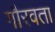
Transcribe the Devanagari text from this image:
गौरवता